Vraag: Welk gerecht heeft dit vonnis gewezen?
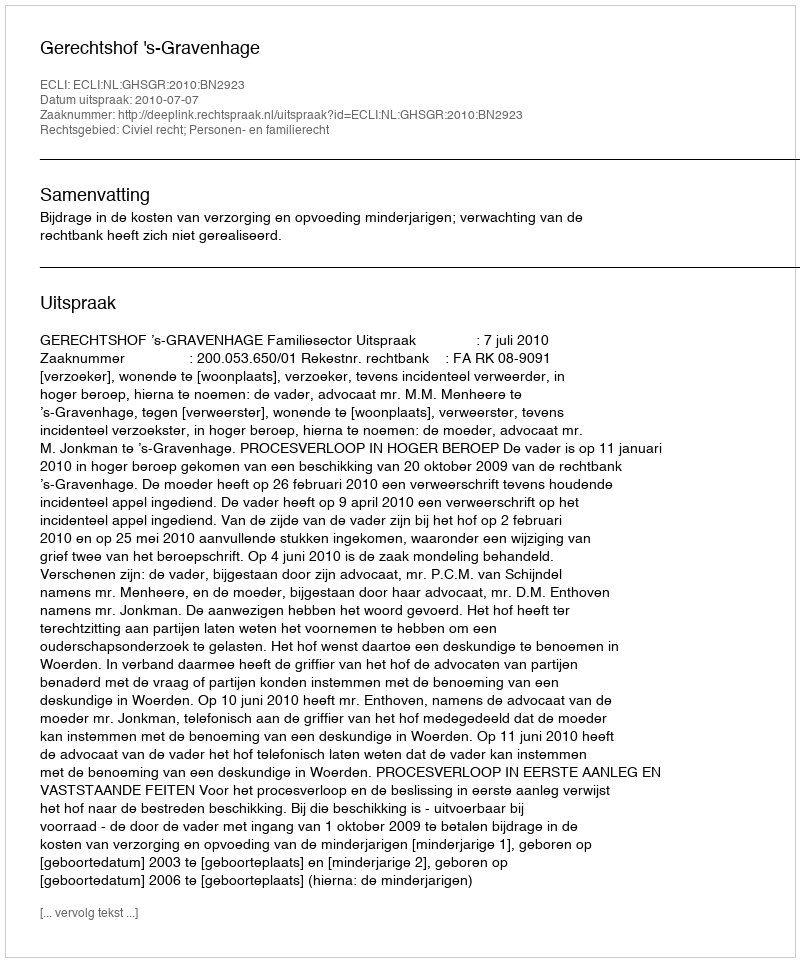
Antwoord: Gerechtshof 's-Gravenhage